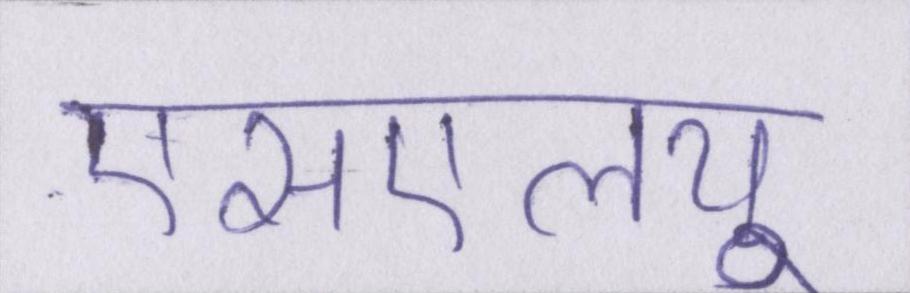
एसएलयू